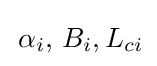
\,\alpha _{i},\,B_{i},L_{ci}